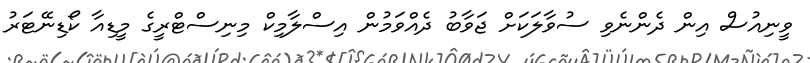
ވީނިއުސް އިން ދެންނެވި ސުވާލަކަށް ޖަވާބު ދެއްވަމުން އިސްލާމިކް މިނިސްޓްރީގެ މީޑިއާ ކޯޑިނޭޓަރު